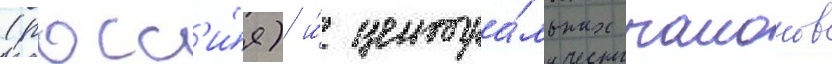
(росс'и́я) и́ центра́льных раионов